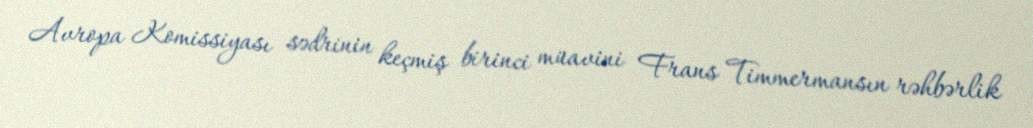
Avropa Komissiyası sədrinin keçmiş birinci müavini Frans Timmermansın rəhbərlik